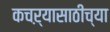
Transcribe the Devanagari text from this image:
कचऱ्यासाठीच्या